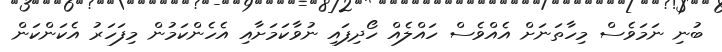
ބުނި ނަމަވެސް މިހާތަނަށް އެއްވެސް ހައްލެއް ހޯދިފައި ނުވާކަމަށާއި އެހެންކަމުން މިފަހަރު އެކަންކަން